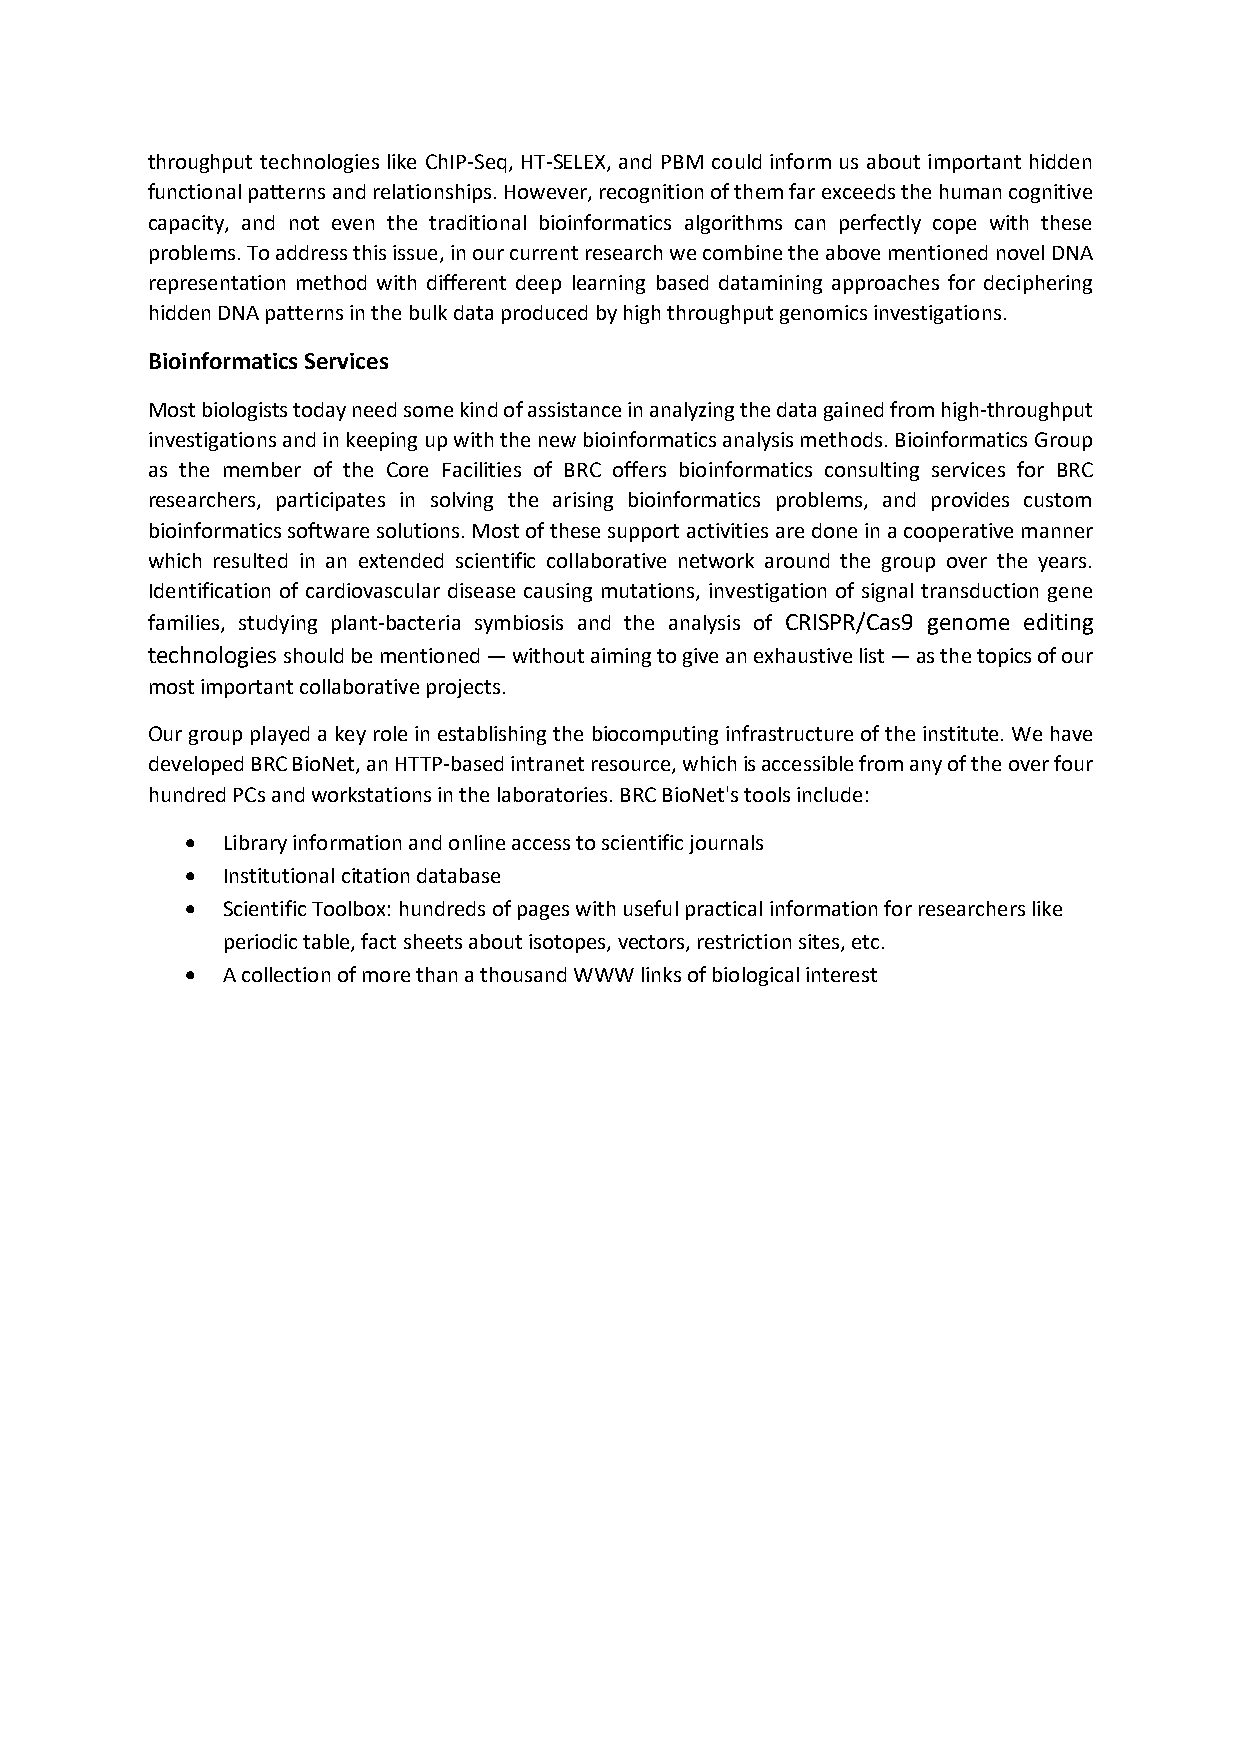
throughput technologies like ChIP-Seq, HT-SELEX, and PBM could inform us about important hidden
 functional patterns and relationships. However, recognition of them far exceeds the human cognitive
 capacity, and not even the traditional bioinformatics algorithms can perfectly cope with these
 problems. To address this issue, in our current research we combine the above mentioned novel DNA
 representation method with different deep learning based datamining approaches for deciphering
 hidden DNA patterns in the bulk data produced by high throughput genomics investigations.
 Bioinformatics Services
 Most biologists today need some kind of assistance in analyzing the data gained from high-throughput
 investigations and in keeping up with the new bioinformatics analysis methods. Bioinformatics Group
 as the member of the Core Facilities of BRC offers bioinformatics consulting services for BRC
 researchers, participates in solving the arising bioinformatics problems, and provides custom
 bioinformatics software solutions. Most of these support activities are done in a cooperative manner
 which resulted in an extended scientific collaborative network around the group over the years.
 Identification of cardiovascular disease causing mutations, investigation of signal transduction gene
 families, studying plant-bacteria symbiosis and the analysis of CRISPR/Cas9 genome editing
 technologies should be mentioned — without aiming to give an exhaustive list — as the topics of our
 most important collaborative projects.
 Our group played a key role in establishing the biocomputing infrastructure of the institute. We have
 developed BRC BioNet, an HTTP-based intranet resource, which is accessible from any of the over four
 hundred PCs and workstations in the laboratories. BRC BioNet's tools include:
   Library information and online access to scientific journals
   Institutional citation database
   Scientific Toolbox: hundreds of pages with useful practical information for researchers like
 periodic table, fact sheets about isotopes, vectors, restriction sites, etc.
   A collection of more than a thousand WWW links of biological interest